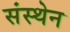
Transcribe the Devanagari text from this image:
संस्थेन